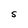
Character: S